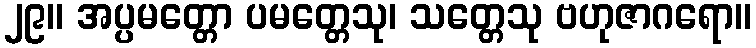
၂၉။ အပ္ပမတ္တော ပမတ္တေသု၊ သတ္တေသု ဗဟုဇာဂရော။